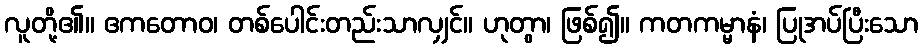
လူတို့၏။ ဧကတောဝ၊ တစ်ပေါင်းတည်းသာလျှင်။ ဟုတွာ၊ ဖြစ်၍။ ကတကမ္မာနံ၊ ပြုအပ်ပြီးသော